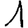
Digit: 1